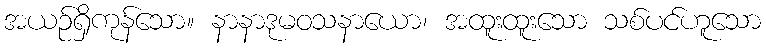
အယဉ်ရှိကုန်သော။ နာနာဒုမဝသနာယော၊ အထူးထူးသော သစ်ပင်ဟူသော